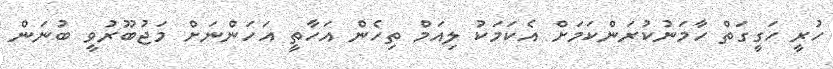
ހުރީ ހަގީގަތް ހާމަނުކުރަންކަމަށް އެކަމަކު ލިއަމް ތިހެން އަހާތީ އަހަންނަށް މަޖުބޫރުވީ ބުނަން